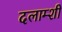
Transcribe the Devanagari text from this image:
दलाम्शी